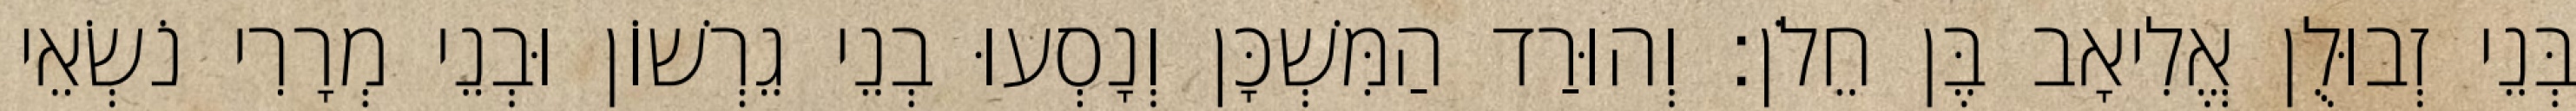
בְּנֵי זְבוּלֻן אֱלִיאָב בֶּן חֵלֹן׃ וְהוּרַד הַמִּשְׁכָּן וְנָסְעוּ בְנֵי גֵרְשׁוֹן וּבְנֵי מְרָרִי נֹשְׂאֵי